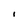
Character: 1